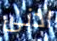
ادنى